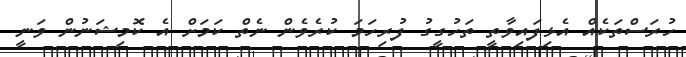
ހުރަސްތަކެއް އެޅިފައިވާތީ ތަހުގީގު ފުރިހަމަ ކުރެވެން ނެތް ކަމަށް އެ ކޮމިޝަނުން ވަނީ